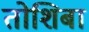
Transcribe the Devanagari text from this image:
तोशिबा